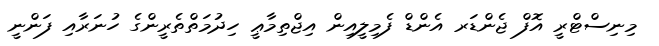
މިނިސްޓްރީ އޮފް ޖެންޑަރ އެންޑް ފެމިލީއިން އިޖްތިމާޢީ ހިދުމަތްތެރީންގެ ހުނަރާއި ފަންނީ